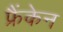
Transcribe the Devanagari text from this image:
फ्रैंकेन